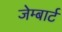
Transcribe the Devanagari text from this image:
जेम्बार्ट